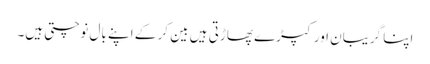
اپنا گریبان اور کپڑے پھاڑتی ہیں بین کر کے اپنے بال نوچتی ہیں۔